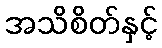
အသိစိတ်နှင့်